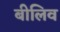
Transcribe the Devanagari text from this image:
बीलिव